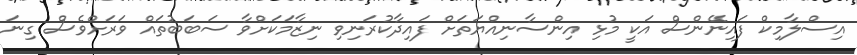
އިސްލާމިކް ފައިނޭންސް އަކީ މުޅި އިންސާނިއްޔަތަށް ފައިދާކުރަނިވި ނިޒާމަކަށްވާ ސަބަބުތައް ވަރަށްވެސް ގިނަ